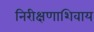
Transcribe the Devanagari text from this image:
निरीक्षणाशिवाय